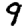
Digit: 9